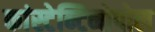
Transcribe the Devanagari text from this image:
कांस्टेन्टिनोपोल